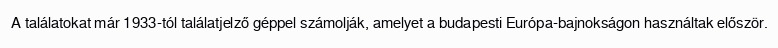
A találatokat már 1933-tól találatjelző géppel számolják, amelyet a budapesti Európa-bajnokságon használtak először.